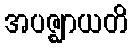
အပဇ္ဈာယတိ